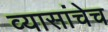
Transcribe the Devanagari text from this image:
व्यासांचेच